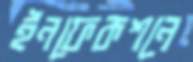
ইনফেকশনে